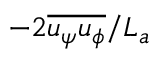
- 2 \overline { { u _ { \psi } u _ { \phi } } } / L _ { a }